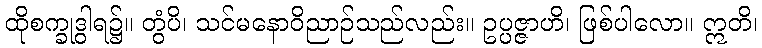
ထိုစက္ခုဒွါရ၌။ တွံပိ၊ သင်မနောဝိညာဉ်သည်လည်း။ ဥပ္ပဇ္ဇာဟိ၊ ဖြစ်ပါလော။ ဣတိ၊